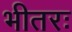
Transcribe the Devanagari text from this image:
भीतरः